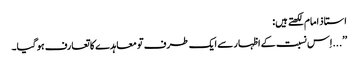
استاذ امام لکھتے ہیں:
’’...اِس نسبت کے اظہار سے ایک طرف تو معاہدے کا تعارف ہو گیا۔